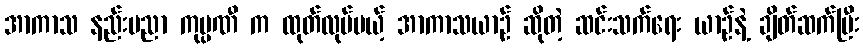
အာကာသ နည်းပညာ ကုမ္ပဏီ က ထုတ်လုပ်မယ့် အာကာသယာဉ် ဆိုတဲ့ ဆင်းသက်ရေး ယာဉ်နဲ့ ချိတ်ဆက်ပြီး